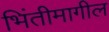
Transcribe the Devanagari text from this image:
भिंतीमागील